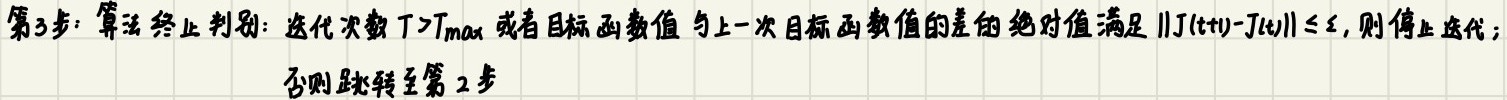
第3步：算法终止判别：迭代次数 $T>T_{max}$ 或者目标函数值与上一次目标函数值的差的绝对值满足 $\|J(t+1)-J(t)\|\leq \varepsilon$，则停止迭代；否则跳转至第2步